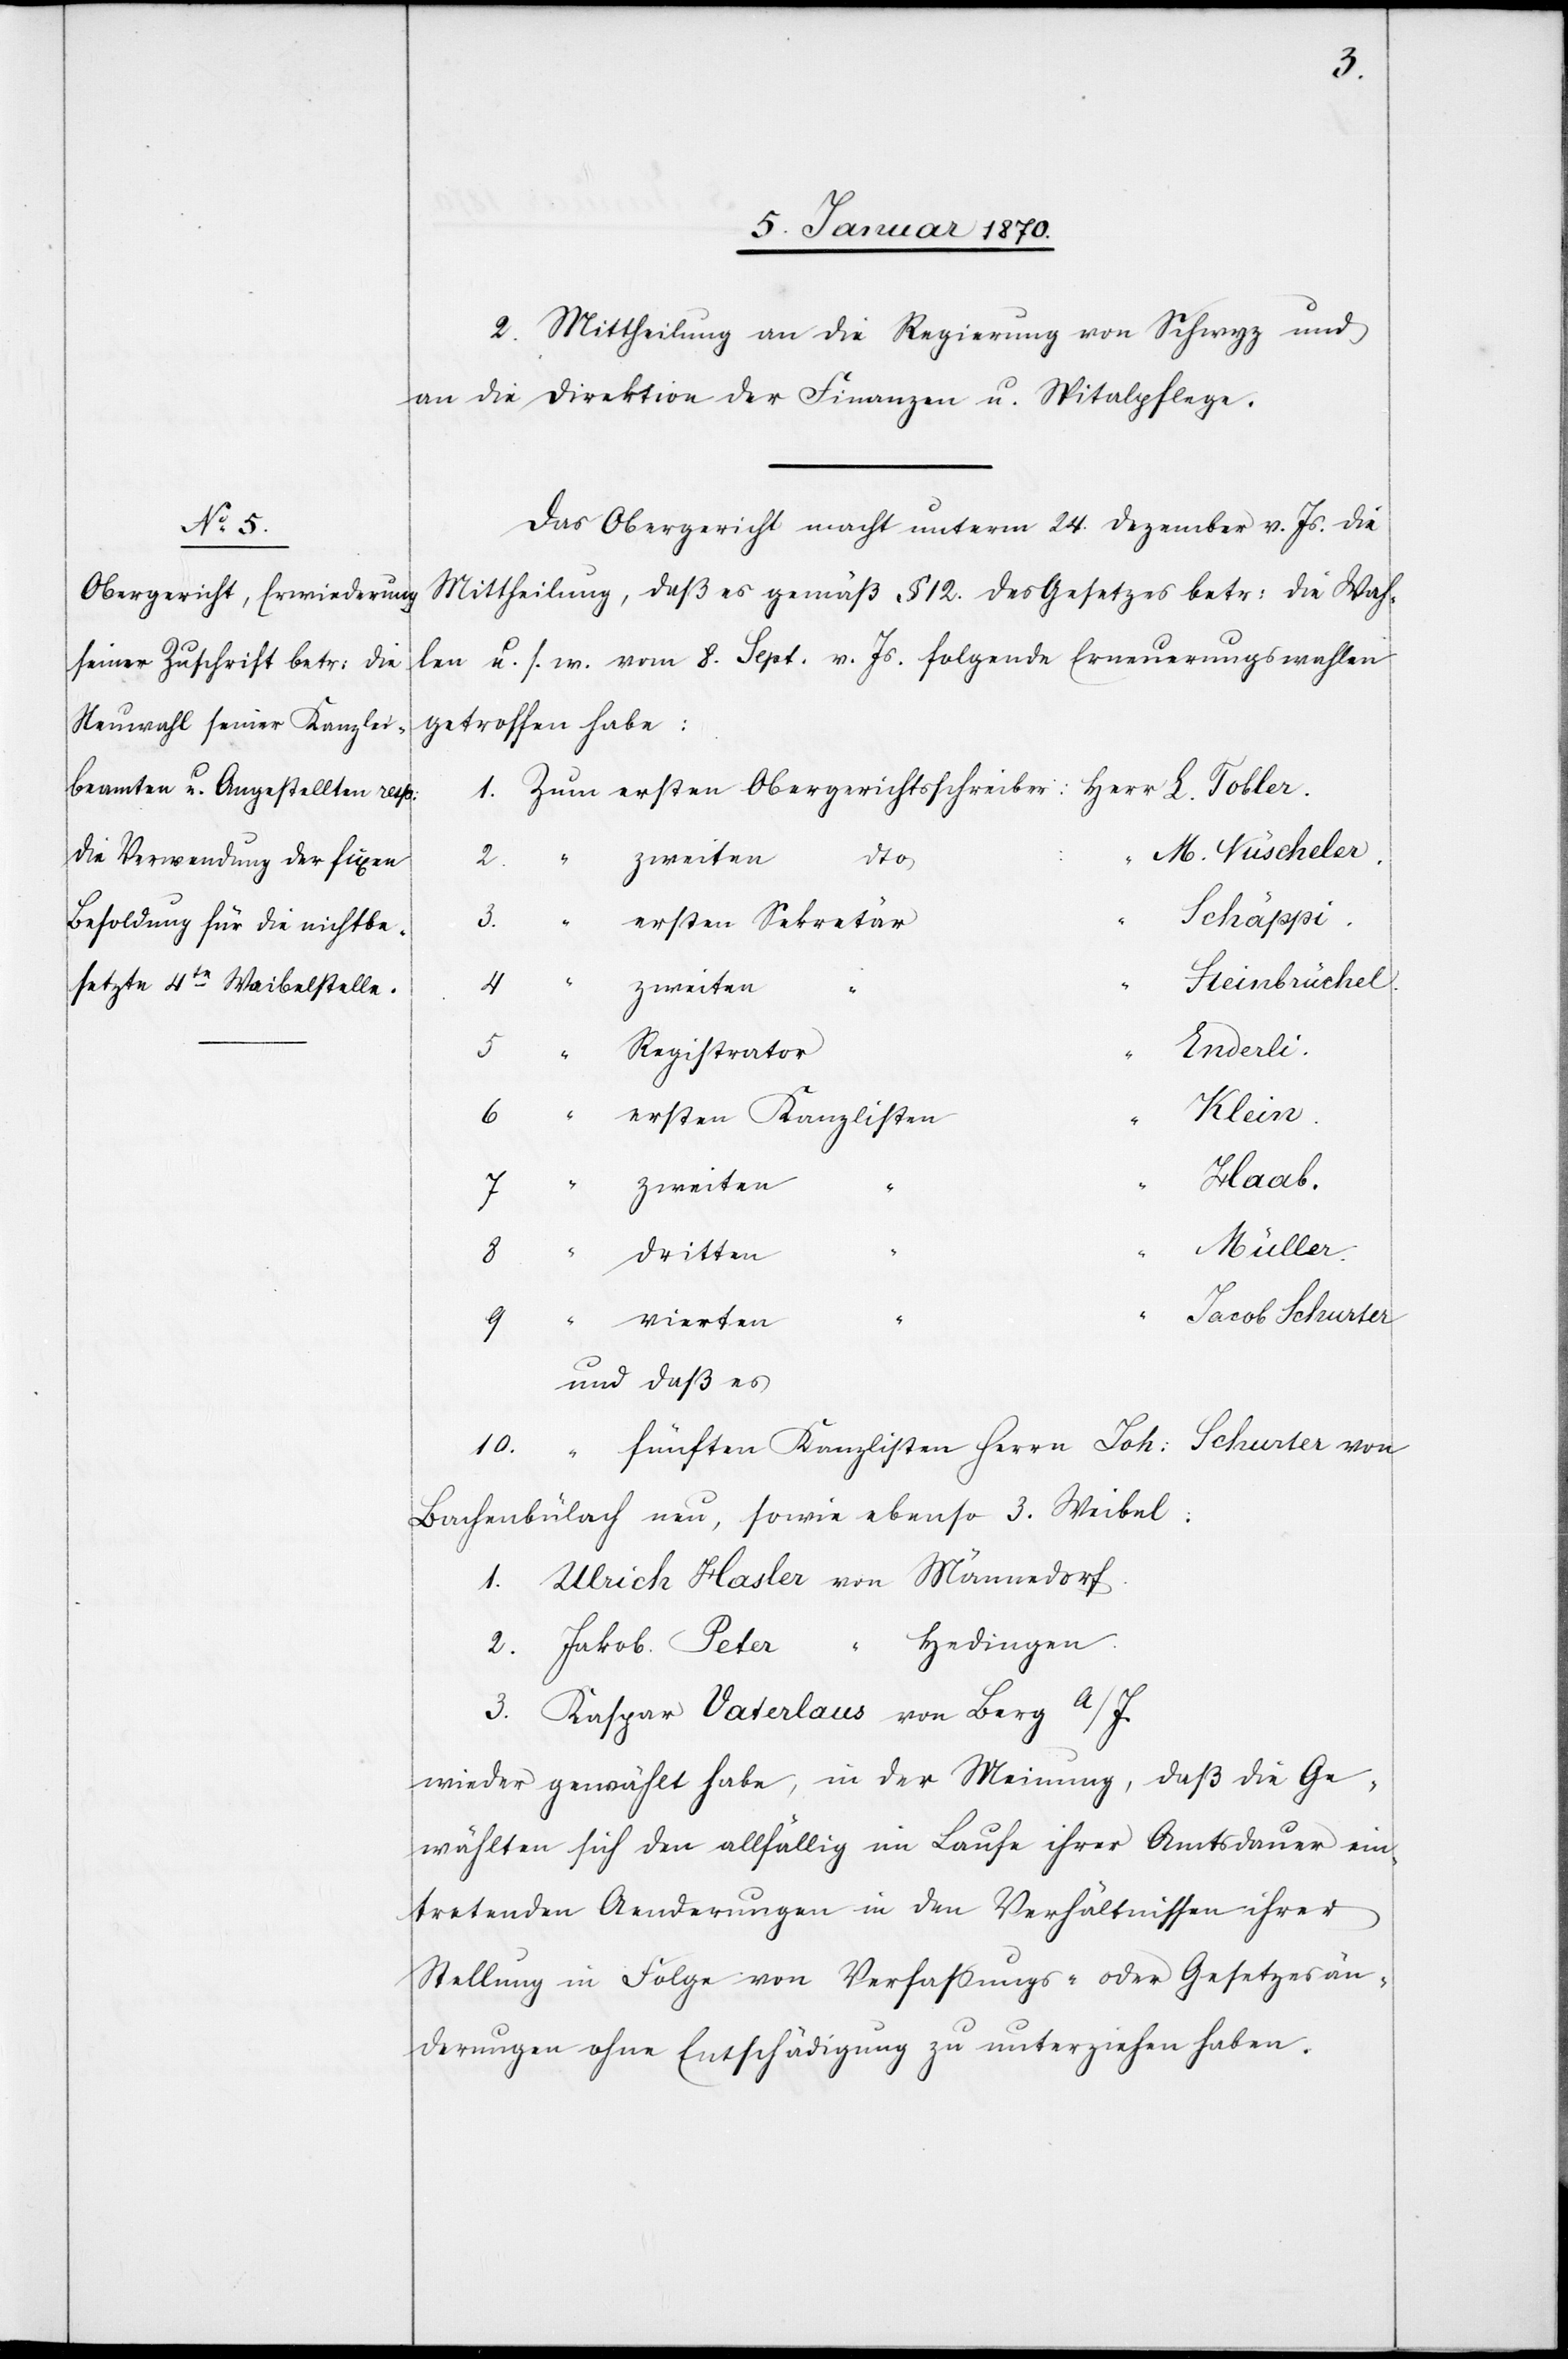
2. Mittheilung an die Regierung von Schwyz und
an die Direktion der Finanzen u. Spitalpflege.
Das Obergericht macht unterm 24. Dezember v. Js. die
Mittheilung, daß es gemäß § 12 des Gesetzes betr: die Wah¬
len u. s. w. vom 8. Sept. v. Js. folgende Erneuerungswahlen
getroffen habe:
1.	Zum ersten Obergerichtsschreiber: 	Herr L. Tobler.
M. Nüscheler.
3.
ersten Sekretär
teinbrüchel.
zweiten
8.
Registrator
Weibel:
ersten Kanzlisten
ülach
4.
zweiten
“		Jacob Schurter
und daß es
10.	 “	 fünften Kanzlisten Herrn Joh: Schurter von
1.	Ulrich Hasler von Männedorf.
“ Hedingen
2.	Jakob Peter
3.	Kaspar Vaterlaus von Berg a/I.
wieder gewählt habe, in der Meinung, daß die Ge¬
wählten sich den allfällig im Laufe ihrer Amtsdauer ein¬
tretenden Aenderungen in den Verhältnissen ihrer
Stellung in Folge von Verfassungs- oder Gesetzesän¬
derungen ohne Entschädigung zu unterziehen haben.